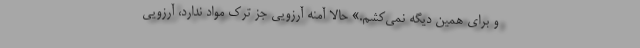
و برای همین دیگه نمی‌کشم.» حالا آمنه آرزویی جز ترک مواد ندارد، آرزویی